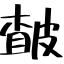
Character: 皶